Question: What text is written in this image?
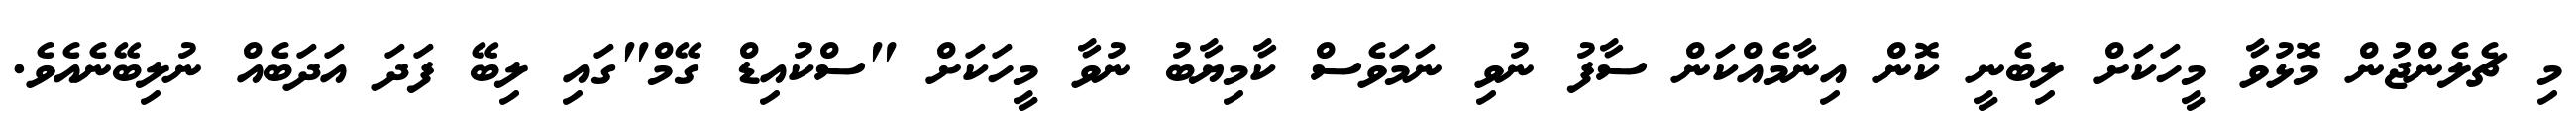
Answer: މި ޗެލެންޖުން މޮޅުވާ މީހަކަށް ލިބެނީ ކޮން އިނާމެއްކަން ސާފު ނުވި ނަމަވެސް ކާމިޔާބު ނުވާ މީހަކަށް "ސްކުއިޑް ގޭމް"ގައި ލިބޭ ފަދަ އަދަބެއް ނުލިބޭނެއެވެ.